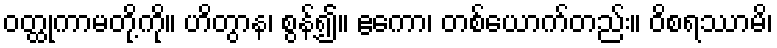
ဝတ္ထုကာမတို့ကို။ ဟိတွာန၊ စွန့်၍။ ဧကော၊ တစ်ယောက်တည်း။ ဝိစရဿာမိ၊